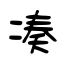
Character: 凑